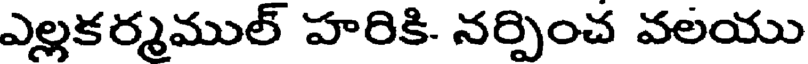
ఎల్లకర్మముల్ హరికి. నర్పించ వలయు